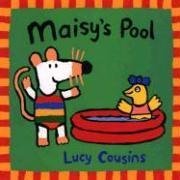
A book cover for Maisy's Pool; Lucy Cousins; Children's Books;